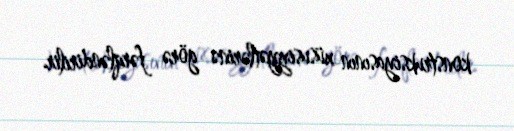
konstruksiyasının xüsusiyyətlərinə görə fərqləndirilir.